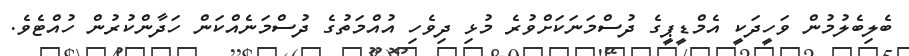
ބެލިބެލުމުން ވަހީދަކީ އެމްޑީޕީގެ ދުސްމަނަކަށްވުރެ މުޅި ދިވެހި އުއްމަތުގެ ދުސްމަނެއްކަން ހަދާންކުރުން ހުއްޓެވެ.